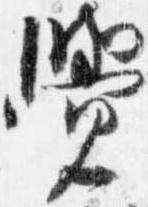
覚